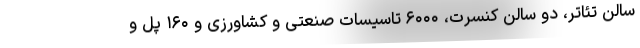
سالن تئاتر، دو سالن کنسرت، ۶۰۰۰ تاسیسات صنعتی و کشاورزی و ۱۶۰ پل و